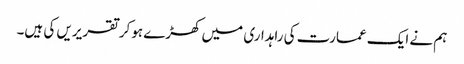
ہم نے ایک عمارت کی راہداری میں کھڑے ہوکر تقریریں کی ہیں۔